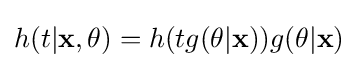
h(t|\mathbf {x} ,\mathbf {\theta } )=h(tg(\mathbf {\theta } |\mathbf {x} ))g(\mathbf {\theta } |\mathbf {x} )